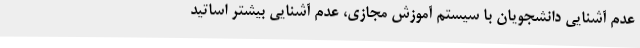
عدم آشنایی دانشجویان با سیستم آموزش مجازی، عدم آشنایی بیشتر اساتید